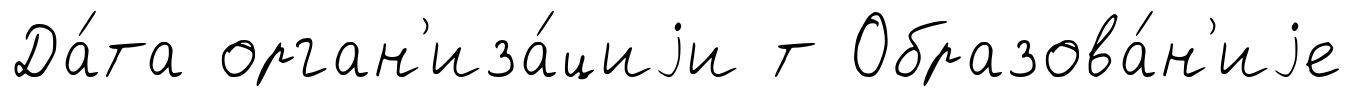
Да́та орган'иза́циjи т Образова́н'иjе